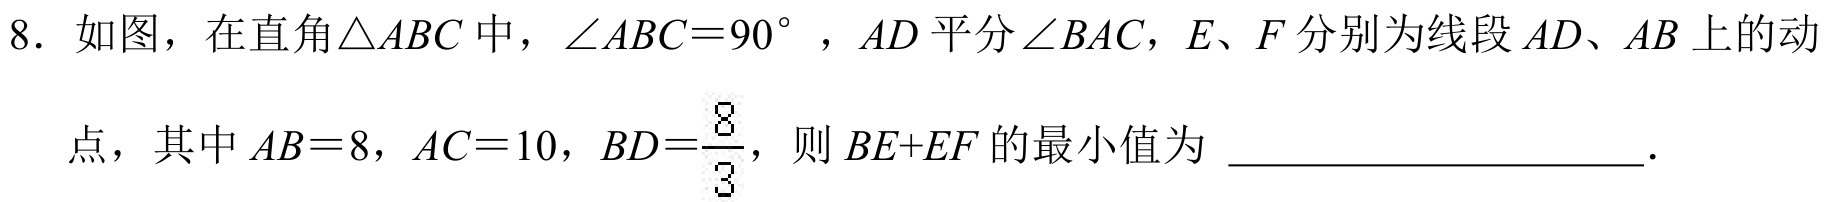
8. 如图，在直角\(\triangle ABC\) 中，\(\angle ABC = 90^{\circ}\) ，\(AD\) 平分 \(\angle BAC\)，\(E\)、\(F\) 分别为线段 \(AD\)、\(AB\) 上的动
点，其中 \(AB = 8\)，\(AC = 10\)，\(BD=\frac{8}{3}\)，则 \(BE + EF\) 的最小值为  ．